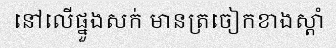
នៅលើផ្នួងសក់ មានត្រចៀកខាងស្តាំ